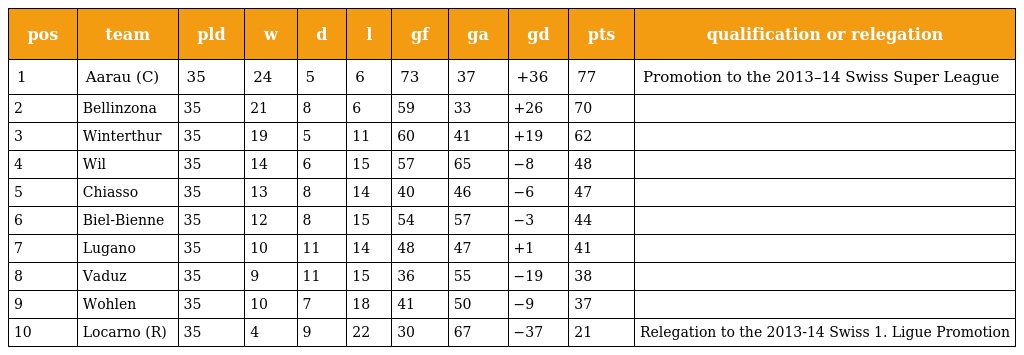
| pos | team | pld | w | d | l | gf | ga | gd | pts | qualification or relegation |
 | --- | --- | --- | --- | --- | --- | --- | --- | --- | --- | --- |
 | 1 | Aarau (C) | 35 | 24 | 5 | 6 | 73 | 37 | +36 | 77 | Promotion to the 2013–14 Swiss Super League |
 | 2 | Bellinzona | 35 | 21 | 8 | 6 | 59 | 33 | +26 | 70 |  |
 | 3 | Winterthur | 35 | 19 | 5 | 11 | 60 | 41 | +19 | 62 |  |
 | 4 | Wil | 35 | 14 | 6 | 15 | 57 | 65 | −8 | 48 |  |
 | 5 | Chiasso | 35 | 13 | 8 | 14 | 40 | 46 | −6 | 47 |  |
 | 6 | Biel-Bienne | 35 | 12 | 8 | 15 | 54 | 57 | −3 | 44 |  |
 | 7 | Lugano | 35 | 10 | 11 | 14 | 48 | 47 | +1 | 41 |  |
 | 8 | Vaduz | 35 | 9 | 11 | 15 | 36 | 55 | −19 | 38 |  |
 | 9 | Wohlen | 35 | 10 | 7 | 18 | 41 | 50 | −9 | 37 |  |
 | 10 | Locarno (R) | 35 | 4 | 9 | 22 | 30 | 67 | −37 | 21 | Relegation to the 2013-14 Swiss 1. Ligue Promotion |